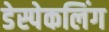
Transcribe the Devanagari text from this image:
डेस्पेकलिंग